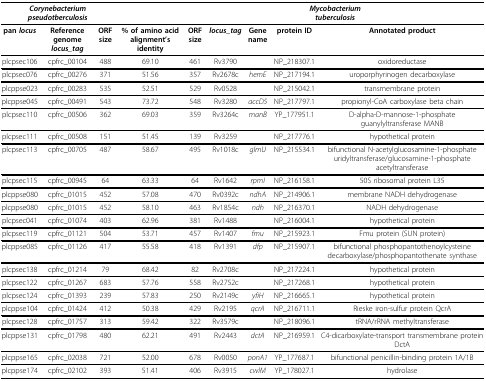
<table><thead><tr><td colspan="3"><b><i>Corynebacterium pseudotberculosis</i></b></td><td></td><td colspan="5"><b><i>Mycobacterium</i><i>tuberculosis</i></b></td></tr></thead><tbody><tr><td><b>pan <i>locus</i></b></td><td><b>Reference genome <i>locus_tag</i></b></td><td><b>ORF size</b></td><td><b>% of amino acid alignment&#x27;s identity</b></td><td><b>ORF size</b></td><td><b><i>locus_tag</i></b></td><td><b>Gene name</b></td><td><b>protein ID</b></td><td><b>Annotated product</b></td></tr><tr><td>plcpsec106</td><td>cpfrc_00104</td><td>488</td><td>69.10</td><td>461</td><td>Rv3790</td><td></td><td>NP_218307.1</td><td>oxidoreductase</td></tr><tr><td>plcpsec076</td><td>cpfrc_00276</td><td>371</td><td>51.56</td><td>357</td><td>Rv2678c</td><td><i>hemE</i></td><td>NP_217194.1</td><td>uroporphyrinogen decarboxylase</td></tr><tr><td>plcppse023</td><td>cpfrc_00283</td><td>535</td><td>52.51</td><td>529</td><td>Rv0528</td><td></td><td>NP_215042.1</td><td>transmembrane protein</td></tr><tr><td>plcppse045</td><td>cpfrc_00491</td><td>543</td><td>73.72</td><td>548</td><td>Rv3280</td><td><i>accD5</i></td><td>NP_217797.1</td><td>propionyl-CoA carboxylase beta chain</td></tr><tr><td>plcpsec110</td><td>cpfrc_00506</td><td>362</td><td>69.03</td><td>359</td><td>Rv3264c</td><td><i>manB</i></td><td>YP_177951.1</td><td>D-alpha-D-mannose-1-phosphate guanylyltransferase MANB</td></tr><tr><td>plcpsec111</td><td>cpfrc_00508</td><td>151</td><td>51.45</td><td>139</td><td>Rv3259</td><td></td><td>NP_217776.1</td><td>hypothetical protein</td></tr><tr><td>plcpsec113</td><td>cpfrc_00705</td><td>487</td><td>58.67</td><td>495</td><td>Rv1018c</td><td><i>glmU</i></td><td>NP_215534.1</td><td>bifunctional N-acetylglucosamine-1-phosphate uridyltransferase/glucosamine-1-phosphate acetyltransferase</td></tr><tr><td>plcpsec115</td><td>cpfrc_00945</td><td>64</td><td>63.33</td><td>64</td><td>Rv1642</td><td><i>rpmI</i></td><td>NP_216158.1</td><td>50S ribosomal protein L35</td></tr><tr><td>plcppse080</td><td>cpfrc_01015</td><td>452</td><td>57.08</td><td>470</td><td>Rv0392c</td><td><i>ndhA</i></td><td>NP_214906.1</td><td>membrane NADH dehydrogenase</td></tr><tr><td>plcppse080</td><td>cpfrc_01015</td><td>452</td><td>58.10</td><td>463</td><td>Rv1854c</td><td><i>ndh</i></td><td>NP_216370.1</td><td>NADH dehydrogenase</td></tr><tr><td>plcpsec041</td><td>cpfrc_01074</td><td>403</td><td>62.96</td><td>381</td><td>Rv1488</td><td></td><td>NP_216004.1</td><td>hypothetical protein</td></tr><tr><td>plcpsec119</td><td>cpfrc_01121</td><td>504</td><td>53.71</td><td>457</td><td>Rv1407</td><td><i>fmu</i></td><td>NP_215923.1</td><td>Fmu protein (SUN protein)</td></tr><tr><td>plcppse085</td><td>cpfrc_01126</td><td>417</td><td>55.58</td><td>418</td><td>Rv1391</td><td><i>dfp</i></td><td>NP_215907.1</td><td>bifunctional phosphopantothenoylcysteine decarboxylase/phosphopantothenate synthase</td></tr><tr><td>plcpsec138</td><td>cpfrc_01214</td><td>79</td><td>68.42</td><td>82</td><td>Rv2708c</td><td></td><td>NP_217224.1</td><td>hypothetical protein</td></tr><tr><td>plcpsec122</td><td>cpfrc_01267</td><td>683</td><td>57.76</td><td>558</td><td>Rv2752c</td><td></td><td>NP_217268.1</td><td>hypothetical protein</td></tr><tr><td>plcpsec124</td><td>cpfrc_01393</td><td>239</td><td>57.83</td><td>250</td><td>Rv2149c</td><td><i>yfiH</i></td><td>NP_216665.1</td><td>hypothetical protein</td></tr><tr><td>plcppse104</td><td>cpfrc_01424</td><td>412</td><td>50.38</td><td>429</td><td>Rv2195</td><td><i>qcrA</i></td><td>NP_216711.1</td><td>Rieske iron-sulfur protein QcrA</td></tr><tr><td>plcpsec128</td><td>cpfrc_01757</td><td>313</td><td>59.42</td><td>322</td><td>Rv3579c</td><td></td><td>NP_218096.1</td><td>tRNA/rRNA methyltransferase</td></tr><tr><td>plcppse131</td><td>cpfrc_01798</td><td>480</td><td>62.21</td><td>491</td><td>Rv2443</td><td><i>dctA</i></td><td>NP_216959.1</td><td>C4-dicarboxylate-transport transmembrane protein DctA</td></tr><tr><td>plcppse165</td><td>cpfrc_02038</td><td>721</td><td>52.00</td><td>678</td><td>Rv0050</td><td><i>ponA1</i></td><td>YP_177687.1</td><td>bifunctional penicillin-binding protein 1A/1B</td></tr><tr><td>plcppse174</td><td>cpfrc_02102</td><td>393</td><td>51.41</td><td>406</td><td>Rv3915</td><td><i>cwlM</i></td><td>YP_178027.1</td><td>hydrolase</td></tr></tbody></table>